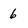
Character: 6